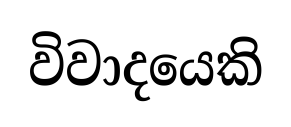
විවාදයෙකි